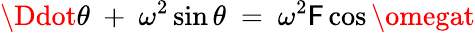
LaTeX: \Ddot{\theta}\ +\ \omega^{2}\sin{\theta}\ =\ \omega^{2}\mathsf{F}\cos{\omegat}